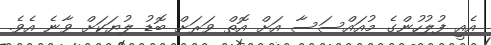
އެއީ ފުލުހުންގެ މުއައްސަސާ އަށް އޮތް ވަރަށް ބޮޑު ލުޔަކަށް ވާނެ އެވެ.